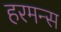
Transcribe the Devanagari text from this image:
हरमन्स